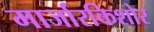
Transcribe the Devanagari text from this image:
मार्जारकिशोर